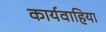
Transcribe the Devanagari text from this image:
कार्यवाहिया